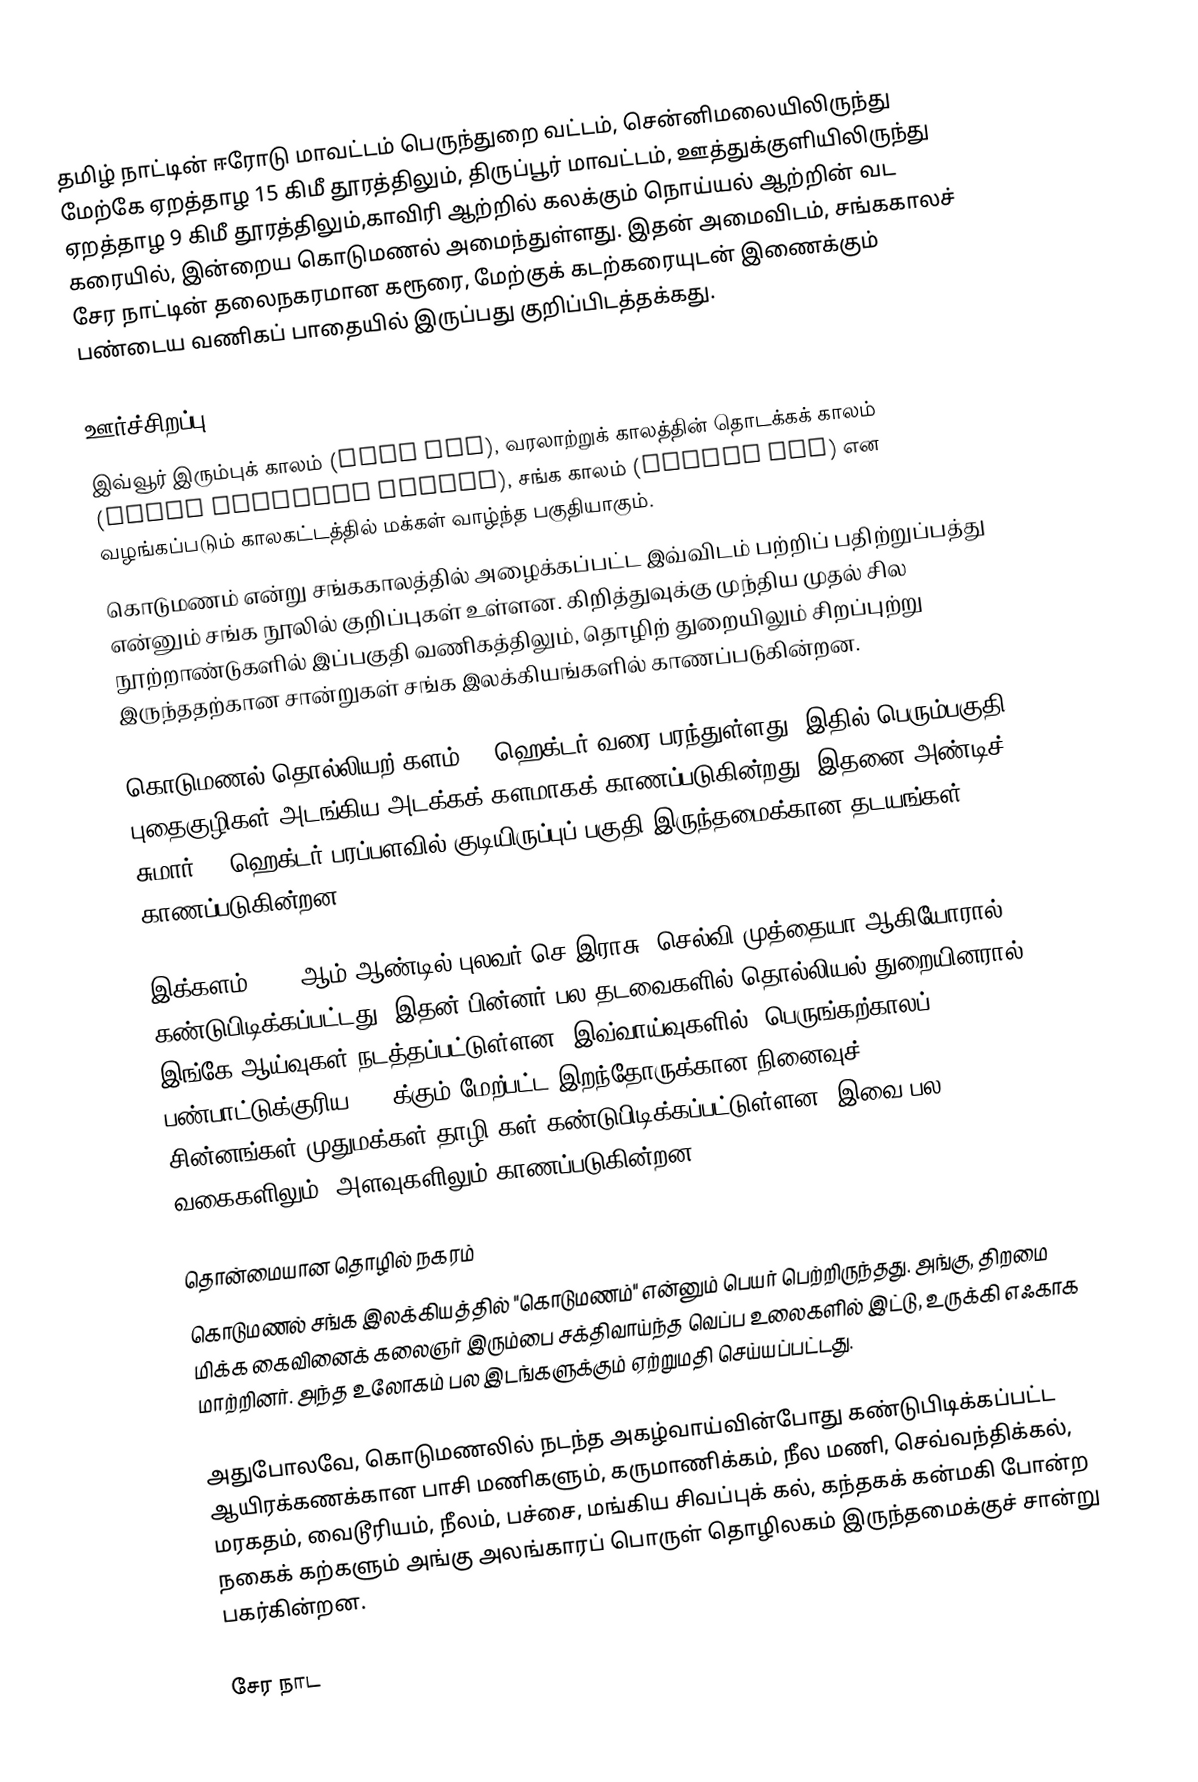
தமிழ் நாட்டின் ஈரோடு மாவட்டம் பெருந்துறை வட்டம், சென்னிமலையிலிருந்து மேற்கே ஏறத்தாழ 15 கிமீ தூரத்திலும், திருப்பூர் மாவட்டம், ஊத்துக்குளியிலிருந்து ஏறத்தாழ 9 கிமீ தூரத்திலும்,காவிரி ஆற்றில் கலக்கும் நொய்யல் ஆற்றின் வட கரையில், இன்றைய கொடுமணல்  அமைந்துள்ளது. இதன் அமைவிடம், சங்ககாலச் சேர நாட்டின் தலைநகரமான கரூரை, மேற்குக் கடற்கரையுடன் இணைக்கும் பண்டைய வணிகப் பாதையில் இருப்பது குறிப்பிடத்தக்கது.

ஊர்ச்சிறப்பு
இவ்வூர் இரும்புக் காலம் (Iron Age), வரலாற்றுக் காலத்தின் தொடக்கக் காலம் (Early Historic period), சங்க காலம் (Sangam Age) என வழங்கப்படும் காலகட்டத்தில் மக்கள் வாழ்ந்த பகுதியாகும்.
கொடுமணம் என்று சங்ககாலத்தில் அழைக்கப்பட்ட இவ்விடம் பற்றிப் பதிற்றுப்பத்து என்னும் சங்க நூலில் குறிப்புகள் உள்ளன. கிறித்துவுக்கு முந்திய முதல் சில நூற்றாண்டுகளில் இப்பகுதி வணிகத்திலும், தொழிற் துறையிலும் சிறப்புற்று இருந்ததற்கான சான்றுகள் சங்க இலக்கியங்களில் காணப்படுகின்றன.

கொடுமணல் தொல்லியற் களம் 50 ஹெக்டர் வரை பரந்துள்ளது. இதில் பெரும்பகுதி புதைகுழிகள் அடங்கிய அடக்கக் களமாகக் காணப்படுகின்றது. இதனை அண்டிச் சுமார் 15 ஹெக்டர் பரப்பளவில் குடியிருப்புப் பகுதி இருந்தமைக்கான தடயங்கள் காணப்படுகின்றன.

இக்களம் 1961 ஆம் ஆண்டில் புலவர் செ.இராசு, செல்வி முத்தையா ஆகியோரால் கண்டுபிடிக்கப்பட்டது. இதன் பின்னர் பல தடவைகளில் தொல்லியல் துறையினரால் இங்கே ஆய்வுகள் நடத்தப்பட்டுள்ளன. இவ்வாய்வுகளில், பெருங்கற்காலப் பண்பாட்டுக்குரிய 300 க்கும் மேற்பட்ட இறந்தோருக்கான நினைவுச் சின்னங்கள்,முதுமக்கள் தாழி கள் கண்டுபிடிக்கப்பட்டுள்ளன. இவை பல வகைகளிலும், அளவுகளிலும் காணப்படுகின்றன.

தொன்மையான தொழில் நகரம்
கொடுமணல் சங்க இலக்கியத்தில் "கொடுமணம்" என்னும் பெயர் பெற்றிருந்தது. அங்கு, திறமை மிக்க கைவினைக் கலைஞர் இரும்பை சக்திவாய்ந்த வெப்ப உலைகளில் இட்டு, உருக்கி எஃகாக மாற்றினர். அந்த உலோகம் பல இடங்களுக்கும் ஏற்றுமதி செய்யப்பட்டது.

அதுபோலவே, கொடுமணலில் நடந்த அகழ்வாய்வின்போது கண்டுபிடிக்கப்பட்ட ஆயிரக்கணக்கான பாசி மணிகளும், கருமாணிக்கம், நீல மணி, செவ்வந்திக்கல், மரகதம், வைடூரியம், நீலம், பச்சை, மங்கிய சிவப்புக் கல், கந்தகக் கன்மகி போன்ற நகைக் கற்களும் அங்கு அலங்காரப் பொருள் தொழிலகம் இருந்தமைக்குச் சான்று பகர்கின்றன.

சேர நாட